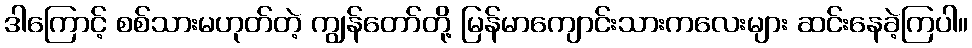
ဒါကြောင့် စစ်သားမဟုတ်တဲ့ ကျွန်တော်တို့ မြန်မာကျောင်းသားကလေးများ ဆင်းနေခဲ့ကြပါ။